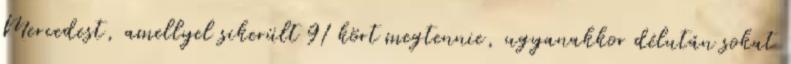
Mercedest, amellyel sikerült 91 kört megtennie, ugyanakkor délután sokat